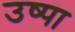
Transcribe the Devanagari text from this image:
उष्पा